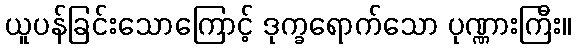
ယူပန်ခြင်းသောကြောင့် ဒုက္ခရောက်သော ပုဏ္ဏားကြီး။